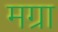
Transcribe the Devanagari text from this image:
मग्रा